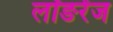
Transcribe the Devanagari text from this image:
लॉङरेंज